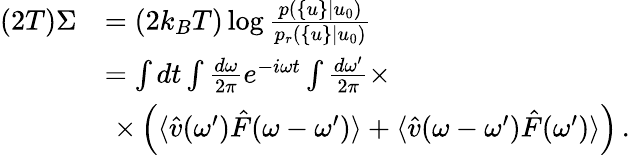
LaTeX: \begin{array}{rl}{(2T)\Sigma}&{=(2k_{B}T)\log\frac{p(\{ u\} |u_{0})}{p_{r}(\{ u\} |u_{0})}}\\ &{=\int dt\int\frac{d\omega}{2\pi}e^{-i\omega t}\int\frac{d\omega^{\prime}}{2\pi}\times}\\ &{\, \, \times\left(\langle\hat{v}(\omega^{\prime})\hat{F}(\omega-\omega^{\prime})\rangle+\langle\hat{v}(\omega-\omega^{\prime})\hat{F}(\omega^{\prime})\rangle\right)\, .}\end{array}